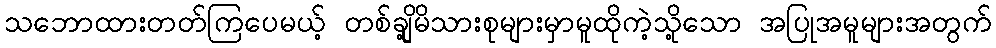
သဘောထားတတ်ကြပေမယ့် တစ်ချို့မိသားစုများမှာမူထိုကဲ့သို့သော အပြုအမူများအတွက်